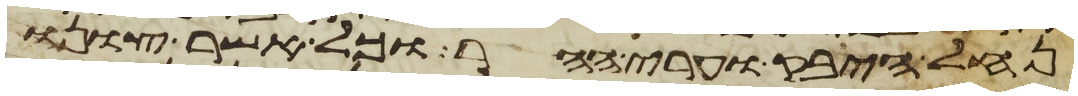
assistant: נחל היבק וערי ההר וכל אשר צונו